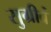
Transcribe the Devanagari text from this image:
सुग्रीवं